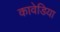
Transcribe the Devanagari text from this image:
कावेडिया